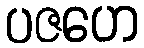
ပဇဟေ